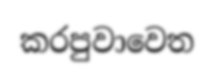
කරපුවාවෙත